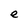
Character: e